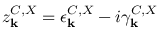
z _ { \bf k } ^ { C , X } = \epsilon _ { \bf k } ^ { C , X } - i \gamma _ { \bf k } ^ { C , X }